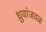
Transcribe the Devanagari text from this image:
ध्रुवांजवळ